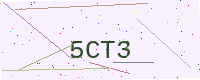
Text: 5CT3